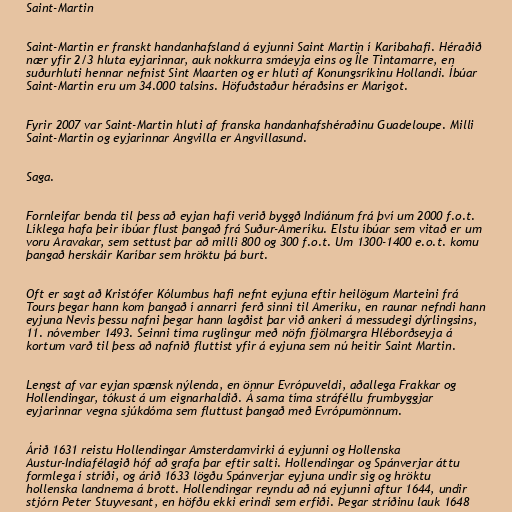
Saint-Martin

Saint-Martin er franskt handanhafsland á eyjunni Saint Martin í Karíbahafi. Héraðið
nær yfir 2/3 hluta eyjarinnar, auk nokkurra smáeyja eins og Île Tintamarre, en
suðurhluti hennar nefnist Sint Maarten og er hluti af Konungsríkinu Hollandi. Íbúar
Saint-Martin eru um 34.000 talsins. Höfuðstaður héraðsins er Marigot.

Fyrir 2007 var Saint-Martin hluti af franska handanhafshéraðinu Guadeloupe. Milli
Saint-Martin og eyjarinnar Angvilla er Angvillasund.

Saga.

Fornleifar benda til þess að eyjan hafi verið byggð Indíánum frá því um 2000 f.o.t.
Líklega hafa þeir íbúar flust þangað frá Suður-Ameríku. Elstu íbúar sem vitað er um
voru Aravakar, sem settust þar að milli 800 og 300 f.o.t. Um 1300-1400 e.o.t. komu
þangað herskáir Karíbar sem hröktu þá burt.

Oft er sagt að Kristófer Kólumbus hafi nefnt eyjuna eftir heilögum Marteini frá
Tours þegar hann kom þangað í annarri ferð sinni til Ameríku, en raunar nefndi hann
eyjuna Nevis þessu nafni þegar hann lagðist þar við ankeri á messudegi dýrlingsins,
11. nóvember 1493. Seinni tíma ruglingur með nöfn fjölmargra Hléborðseyja á
kortum varð til þess að nafnið fluttist yfir á eyjuna sem nú heitir Saint Martin.

Lengst af var eyjan spænsk nýlenda, en önnur Evrópuveldi, aðallega Frakkar og
Hollendingar, tókust á um eignarhaldið. Á sama tíma stráféllu frumbyggjar
eyjarinnar vegna sjúkdóma sem fluttust þangað með Evrópumönnum.

Árið 1631 reistu Hollendingar Amsterdamvirki á eyjunni og Hollenska
Austur-Indíafélagið hóf að grafa þar eftir salti. Hollendingar og Spánverjar áttu
formlega í stríði, og árið 1633 lögðu Spánverjar eyjuna undir sig og hröktu
hollenska landnema á brott. Hollendingar reyndu að ná eyjunni aftur 1644, undir
stjórn Peter Stuyvesant, en höfðu ekki erindi sem erfiði. Þegar stríðinu lauk 1648